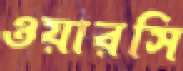
ওয়ারসি